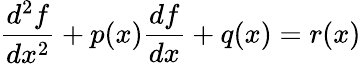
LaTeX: \frac{d^{2}f}{dx^{2}}+p(x)\frac{df}{dx}+q(x)=r(x)